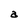
Character: a